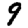
Digit: 9